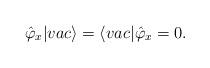
LaTeX: \begin{align*}\hat\varphi _x |vac\rangle = \langle vac|\hat\varphi _x = 0.\end{align*}